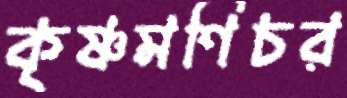
কৃষ্ণমণিচর